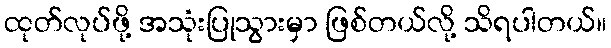
ထုတ်လုပ်ဖို့ အသုံးပြုသွားမှာ ဖြစ်တယ်လို့ သိရပါတယ်။